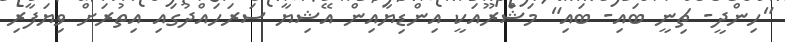
"ހިންދީ- ޗިނީ ބައި- ބައި" މަޝްރޫއަކީ އިންޑިޔާއިން އޭޝިޔާ ސަރަހައްދުގައި އިތުރަށް ވިޔަފާރި